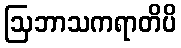
ဩဘာသကရာတိပိ